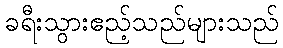
ခရီးသွားဧည့်သည်များသည်